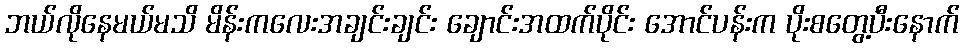
ဘယ်လိုနေမယ်မသိ မိန်းကလေးအချင်းချင်း ချောင်းအထက်ပိုင်း အောင်ပန်းက ပိုးစတွေ့ပီးနောက်